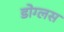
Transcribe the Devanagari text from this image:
डोग्लस